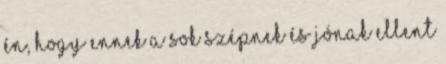
én, hogy ennek a sok szépnek és jónak ellent